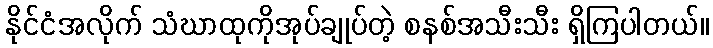
နိုင်ငံအလိုက် သံဃာထုကိုအုပ်ချုပ်တဲ့ စနစ်အသီးသီး ရှိကြပါတယ်။